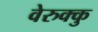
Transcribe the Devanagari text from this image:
वेरुक्कु